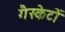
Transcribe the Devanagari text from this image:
गैस्केटों